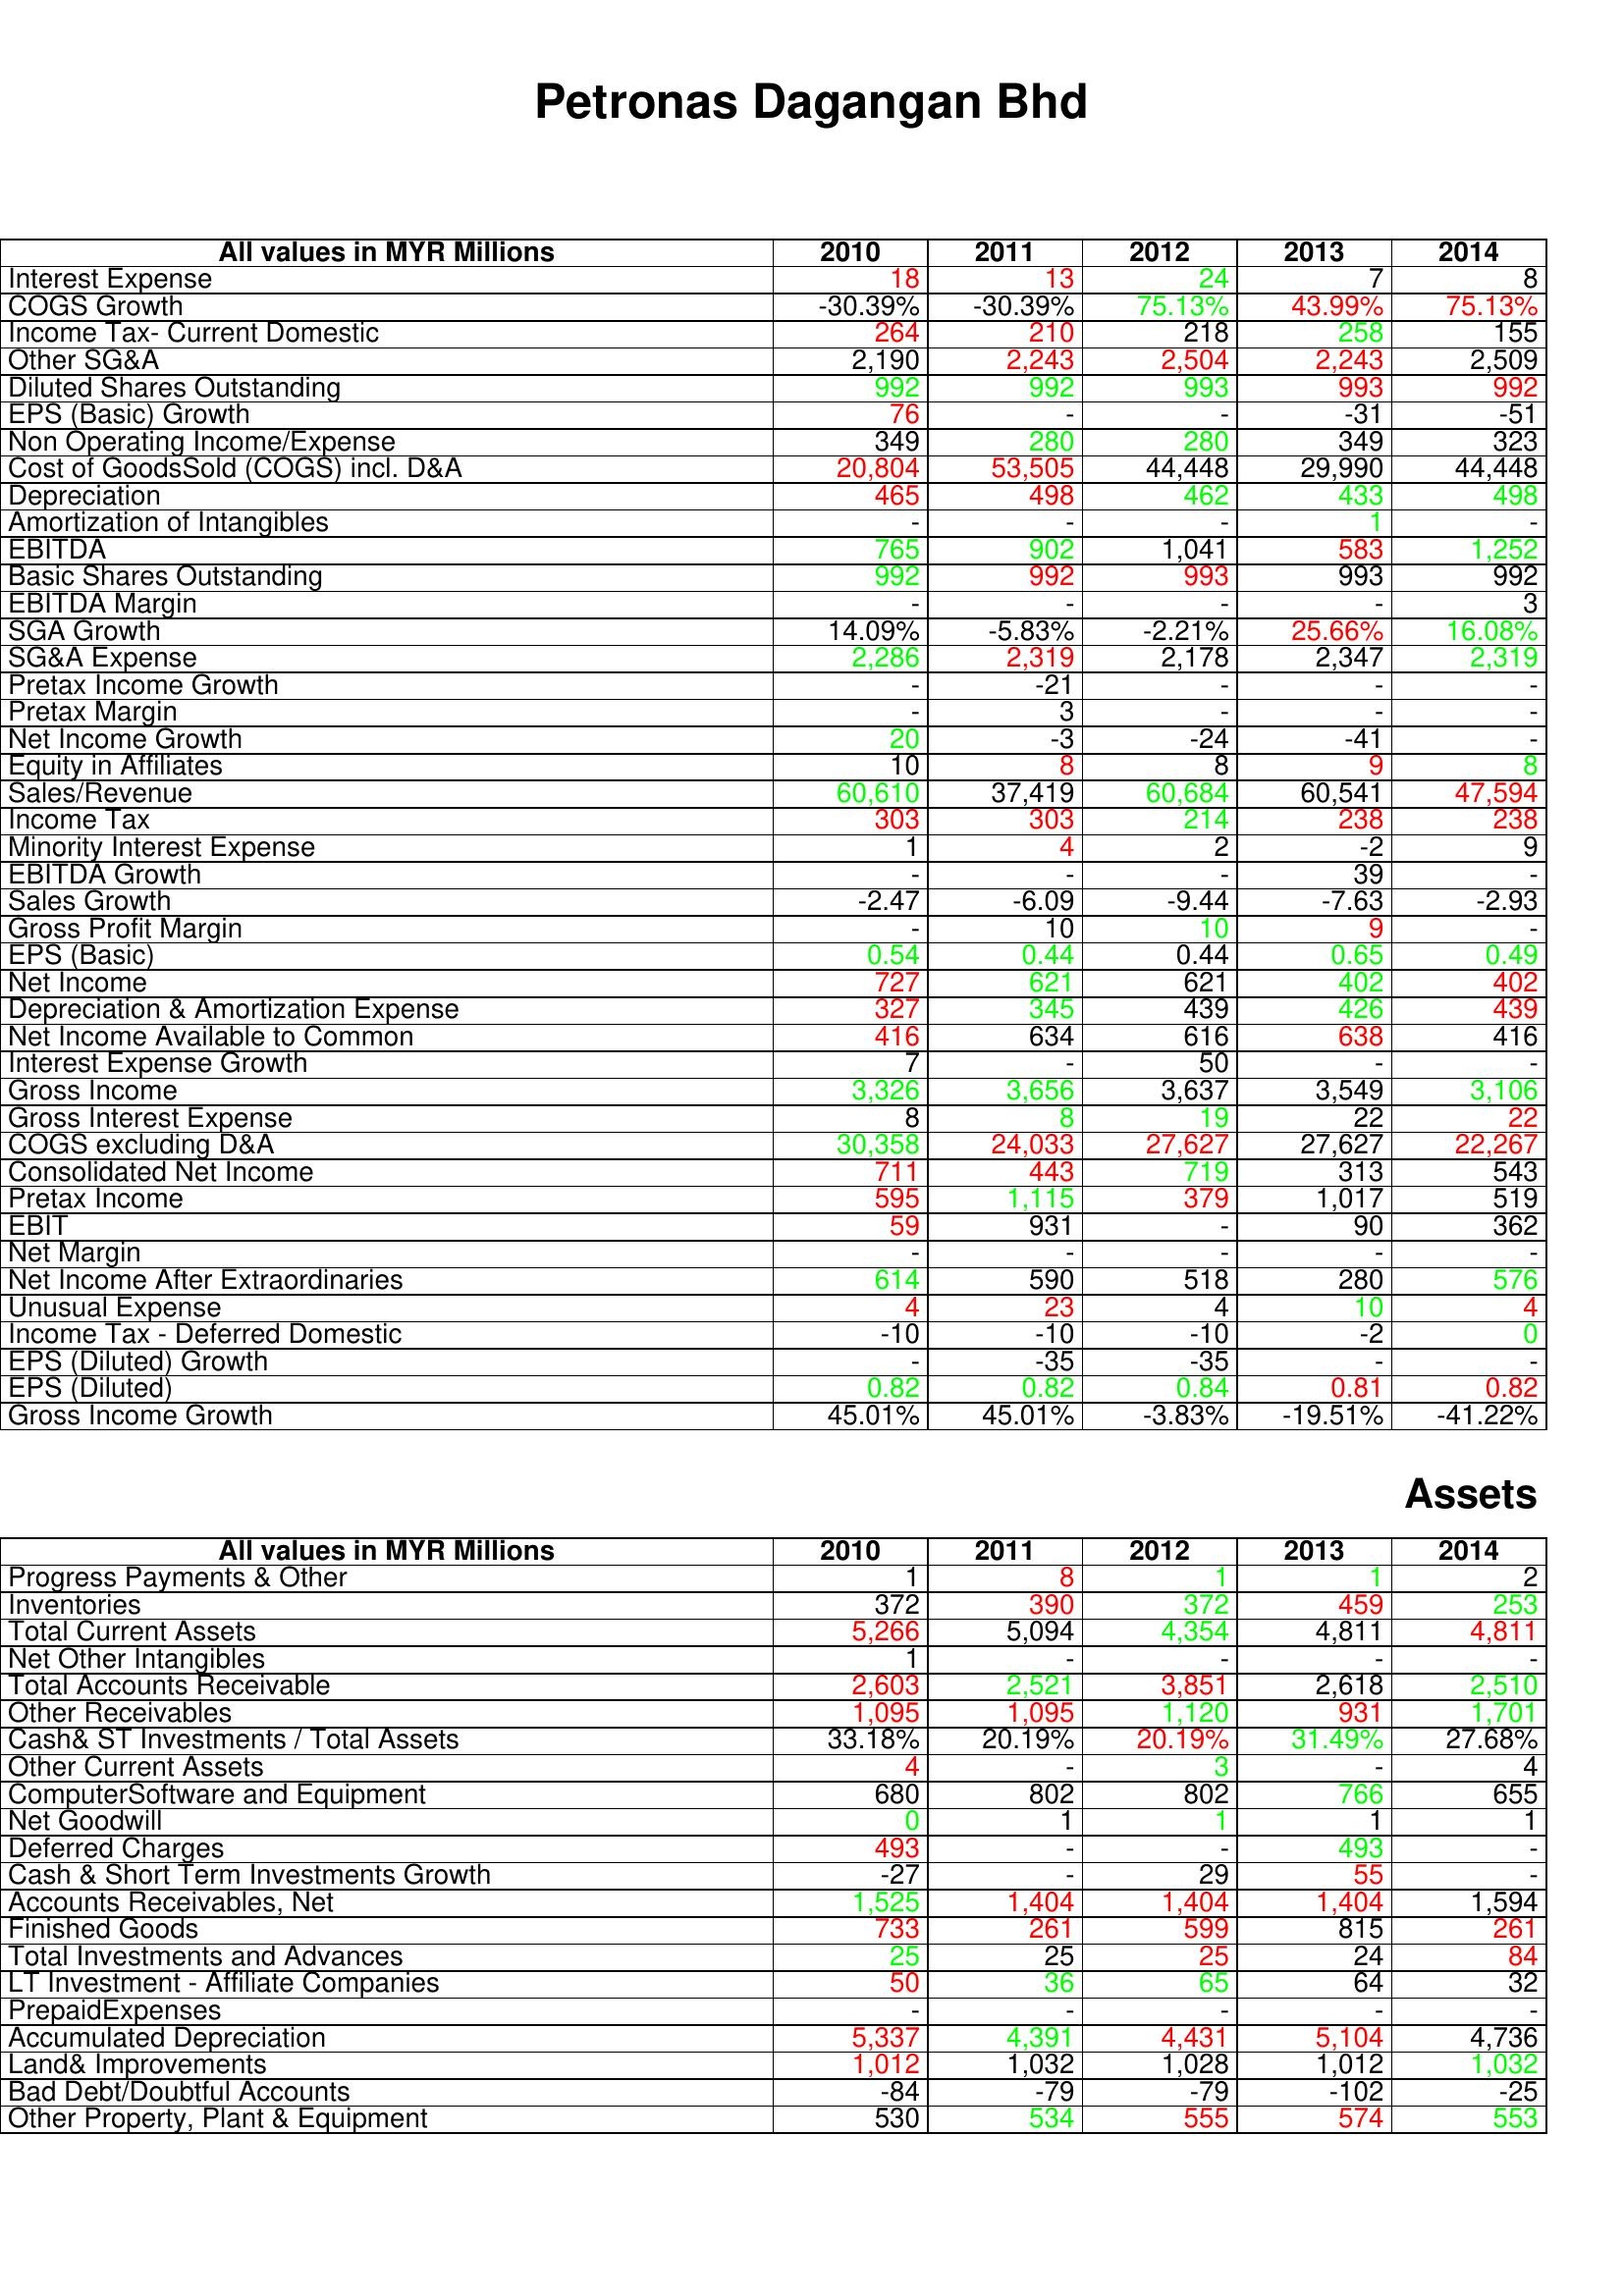
gt_parse: 2010: : Interest Expense: 18
COGS Growth: -30.39%
Income Tax- Current Domestic: 264
Other SG&A: 2,190
Diluted Shares Outstanding: 992
EPS (Basic) Growth: 76
Non Operating Income/Expense: 349
Cost of GoodsSold (COGS) incl. D&A: 20,804
Depreciation: 465
Amortization of Intangibles: -
EBITDA: 765
Basic Shares Outstanding: 992
EBITDA Margin: -
SGA Growth: 14.09%
SG&A Expense: 2,286
Pretax Income Growth: -
Pretax Margin: -
Net Income Growth: 20
Equity in Affiliates: 10
Sales/Revenue: 60,610
Income Tax: 303
Minority Interest Expense: 1
EBITDA Growth: -
Sales Growth: -2.47
Gross Profit Margin: -
EPS (Basic): 0.54
Net Income: 727
Depreciation & Amortization Expense: 327
Net Income Available to Common: 416
Interest Expense Growth: 7
Gross Income: 3,326
Gross Interest Expense: 8
COGS excluding D&A: 30,358
Consolidated Net Income: 711
Pretax Income: 595
EBIT: 59
Net Margin: -
Net Income After Extraordinaries: 614
Unusual Expense: 4
Income Tax - Deferred Domestic: -10
EPS (Diluted) Growth: -
EPS (Diluted): 0.82
Gross Income Growth: 45.01%
Assets: Progress Payments & Other: 1
Inventories: 372
Total Current Assets: 5,266
Net Other Intangibles: 1
Total Accounts Receivable: 2,603
Other Receivables: 1,095
Cash& ST Investments / Total Assets: 33.18%
Other Current Assets: 4
ComputerSoftware and Equipment: 680
Net Goodwill: 0
Deferred Charges: 493
Cash & Short Term Investments Growth: -27
Accounts Receivables, Net: 1,525
Finished Goods: 733
Total Investments and Advances: 25
LT Investment - Affiliate Companies: 50
PrepaidExpenses: -
Accumulated Depreciation: 5,337
Land& Improvements: 1,012
Bad Debt/Doubtful Accounts: -84
Other Property, Plant & Equipment: 530
2011: : Interest Expense: 13
COGS Growth: -30.39%
Income Tax- Current Domestic: 210
Other SG&A: 2,243
Diluted Shares Outstanding: 992
EPS (Basic) Growth: -
Non Operating Income/Expense: 280
Cost of GoodsSold (COGS) incl. D&A: 53,505
Depreciation: 498
Amortization of Intangibles: -
EBITDA: 902
Basic Shares Outstanding: 992
EBITDA Margin: -
SGA Growth: -5.83%
SG&A Expense: 2,319
Pretax Income Growth: -21
Pretax Margin: 3
Net Income Growth: -3
Equity in Affiliates: 8
Sales/Revenue: 37,419
Income Tax: 303
Minority Interest Expense: 4
EBITDA Growth: -
Sales Growth: -6.09
Gross Profit Margin: 10
EPS (Basic): 0.44
Net Income: 621
Depreciation & Amortization Expense: 345
Net Income Available to Common: 634
Interest Expense Growth: -
Gross Income: 3,656
Gross Interest Expense: 8
COGS excluding D&A: 24,033
Consolidated Net Income: 443
Pretax Income: 1,115
EBIT: 931
Net Margin: -
Net Income After Extraordinaries: 590
Unusual Expense: 23
Income Tax - Deferred Domestic: -10
EPS (Diluted) Growth: -35
EPS (Diluted): 0.82
Gross Income Growth: 45.01%
Assets: Progress Payments & Other: 8
Inventories: 390
Total Current Assets: 5,094
Net Other Intangibles: -
Total Accounts Receivable: 2,521
Other Receivables: 1,095
Cash& ST Investments / Total Assets: 20.19%
Other Current Assets: -
ComputerSoftware and Equipment: 802
Net Goodwill: 1
Deferred Charges: -
Cash & Short Term Investments Growth: -
Accounts Receivables, Net: 1,404
Finished Goods: 261
Total Investments and Advances: 25
LT Investment - Affiliate Companies: 36
PrepaidExpenses: -
Accumulated Depreciation: 4,391
Land& Improvements: 1,032
Bad Debt/Doubtful Accounts: -79
Other Property, Plant & Equipment: 534
2012: : Interest Expense: 24
COGS Growth: 75.13%
Income Tax- Current Domestic: 218
Other SG&A: 2,504
Diluted Shares Outstanding: 993
EPS (Basic) Growth: -
Non Operating Income/Expense: 280
Cost of GoodsSold (COGS) incl. D&A: 44,448
Depreciation: 462
Amortization of Intangibles: -
EBITDA: 1,041
Basic Shares Outstanding: 993
EBITDA Margin: -
SGA Growth: -2.21%
SG&A Expense: 2,178
Pretax Income Growth: -
Pretax Margin: -
Net Income Growth: -24
Equity in Affiliates: 8
Sales/Revenue: 60,684
Income Tax: 214
Minority Interest Expense: 2
EBITDA Growth: -
Sales Growth: -9.44
Gross Profit Margin: 10
EPS (Basic): 0.44
Net Income: 621
Depreciation & Amortization Expense: 439
Net Income Available to Common: 616
Interest Expense Growth: 50
Gross Income: 3,637
Gross Interest Expense: 19
COGS excluding D&A: 27,627
Consolidated Net Income: 719
Pretax Income: 379
EBIT: -
Net Margin: -
Net Income After Extraordinaries: 518
Unusual Expense: 4
Income Tax - Deferred Domestic: -10
EPS (Diluted) Growth: -35
EPS (Diluted): 0.84
Gross Income Growth: -3.83%
Assets: Progress Payments & Other: 1
Inventories: 372
Total Current Assets: 4,354
Net Other Intangibles: -
Total Accounts Receivable: 3,851
Other Receivables: 1,120
Cash& ST Investments / Total Assets: 20.19%
Other Current Assets: 3
ComputerSoftware and Equipment: 802
Net Goodwill: 1
Deferred Charges: -
Cash & Short Term Investments Growth: 29
Accounts Receivables, Net: 1,404
Finished Goods: 599
Total Investments and Advances: 25
LT Investment - Affiliate Companies: 65
PrepaidExpenses: -
Accumulated Depreciation: 4,431
Land& Improvements: 1,028
Bad Debt/Doubtful Accounts: -79
Other Property, Plant & Equipment: 555
2013: : Interest Expense: 7
COGS Growth: 43.99%
Income Tax- Current Domestic: 258
Other SG&A: 2,243
Diluted Shares Outstanding: 993
EPS (Basic) Growth: -31
Non Operating Income/Expense: 349
Cost of GoodsSold (COGS) incl. D&A: 29,990
Depreciation: 433
Amortization of Intangibles: 1
EBITDA: 583
Basic Shares Outstanding: 993
EBITDA Margin: -
SGA Growth: 25.66%
SG&A Expense: 2,347
Pretax Income Growth: -
Pretax Margin: -
Net Income Growth: -41
Equity in Affiliates: 9
Sales/Revenue: 60,541
Income Tax: 238
Minority Interest Expense: -2
EBITDA Growth: 39
Sales Growth: -7.63
Gross Profit Margin: 9
EPS (Basic): 0.65
Net Income: 402
Depreciation & Amortization Expense: 426
Net Income Available to Common: 638
Interest Expense Growth: -
Gross Income: 3,549
Gross Interest Expense: 22
COGS excluding D&A: 27,627
Consolidated Net Income: 313
Pretax Income: 1,017
EBIT: 90
Net Margin: -
Net Income After Extraordinaries: 280
Unusual Expense: 10
Income Tax - Deferred Domestic: -2
EPS (Diluted) Growth: -
EPS (Diluted): 0.81
Gross Income Growth: -19.51%
Assets: Progress Payments & Other: 1
Inventories: 459
Total Current Assets: 4,811
Net Other Intangibles: -
Total Accounts Receivable: 2,618
Other Receivables: 931
Cash& ST Investments / Total Assets: 31.49%
Other Current Assets: -
ComputerSoftware and Equipment: 766
Net Goodwill: 1
Deferred Charges: 493
Cash & Short Term Investments Growth: 55
Accounts Receivables, Net: 1,404
Finished Goods: 815
Total Investments and Advances: 24
LT Investment - Affiliate Companies: 64
PrepaidExpenses: -
Accumulated Depreciation: 5,104
Land& Improvements: 1,012
Bad Debt/Doubtful Accounts: -102
Other Property, Plant & Equipment: 574
2014: : Interest Expense: 8
COGS Growth: 75.13%
Income Tax- Current Domestic: 155
Other SG&A: 2,509
Diluted Shares Outstanding: 992
EPS (Basic) Growth: -51
Non Operating Income/Expense: 323
Cost of GoodsSold (COGS) incl. D&A: 44,448
Depreciation: 498
Amortization of Intangibles: -
EBITDA: 1,252
Basic Shares Outstanding: 992
EBITDA Margin: 3
SGA Growth: 16.08%
SG&A Expense: 2,319
Pretax Income Growth: -
Pretax Margin: -
Net Income Growth: -
Equity in Affiliates: 8
Sales/Revenue: 47,594
Income Tax: 238
Minority Interest Expense: 9
EBITDA Growth: -
Sales Growth: -2.93
Gross Profit Margin: -
EPS (Basic): 0.49
Net Income: 402
Depreciation & Amortization Expense: 439
Net Income Available to Common: 416
Interest Expense Growth: -
Gross Income: 3,106
Gross Interest Expense: 22
COGS excluding D&A: 22,267
Consolidated Net Income: 543
Pretax Income: 519
EBIT: 362
Net Margin: -
Net Income After Extraordinaries: 576
Unusual Expense: 4
Income Tax - Deferred Domestic: 0
EPS (Diluted) Growth: -
EPS (Diluted): 0.82
Gross Income Growth: -41.22%
Assets: Progress Payments & Other: 2
Inventories: 253
Total Current Assets: 4,811
Net Other Intangibles: -
Total Accounts Receivable: 2,510
Other Receivables: 1,701
Cash& ST Investments / Total Assets: 27.68%
Other Current Assets: 4
ComputerSoftware and Equipment: 655
Net Goodwill: 1
Deferred Charges: -
Cash & Short Term Investments Growth: -
Accounts Receivables, Net: 1,594
Finished Goods: 261
Total Investments and Advances: 84
LT Investment - Affiliate Companies: 32
PrepaidExpenses: -
Accumulated Depreciation: 4,736
Land& Improvements: 1,032
Bad Debt/Doubtful Accounts: -25
Other Property, Plant & Equipment: 553